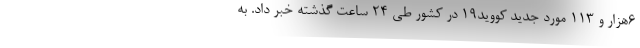
۶هزار و ۱۱۳ مورد جدید کووید۱۹ در کشور طی ۲۴ ساعت گذشته خبر داد. به